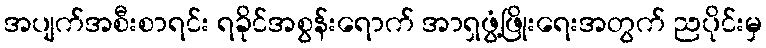
အပျက်အစီးစာရင်း ရခိုင်အစွန်းရောက် အာရှဖွံ့ဖြိုးရေးအတွက် ညပိုင်းမှ